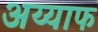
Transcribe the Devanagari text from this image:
अय्याफ